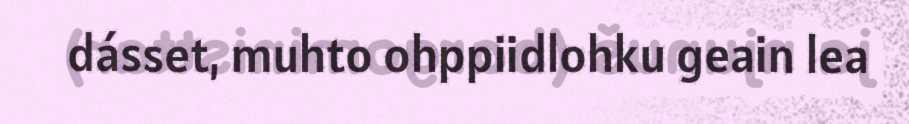
dásset, muhto ohppiidlohku geain lea